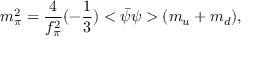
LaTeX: m _ { \pi } ^ { 2 } = { \frac { 4 } { f _ { \pi } ^ { 2 } } } ( - { \frac { 1 } { 3 } } ) < \bar { \psi } \psi > ( m _ { u } + m _ { d } ) ,